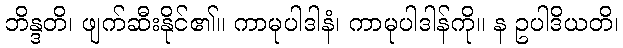
ဘိန္ဒတိ၊ ဖျက်ဆီးနိုင်၏။ ကာမုပါဒါနံ၊ ကာမုပါဒါန်ကို။ န ဥပါဒိယတိ၊